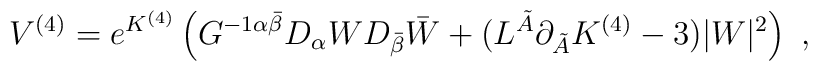
V^{(4)} = e^{K^{(4)}} \left( G^{-1\alpha \bar \beta} D_\alpha W D_{\bar \beta} \bar W + (L^{\tilde A} \partial_{\tilde A} K^{(4)} - 3) |W|^2 \right)\ ,